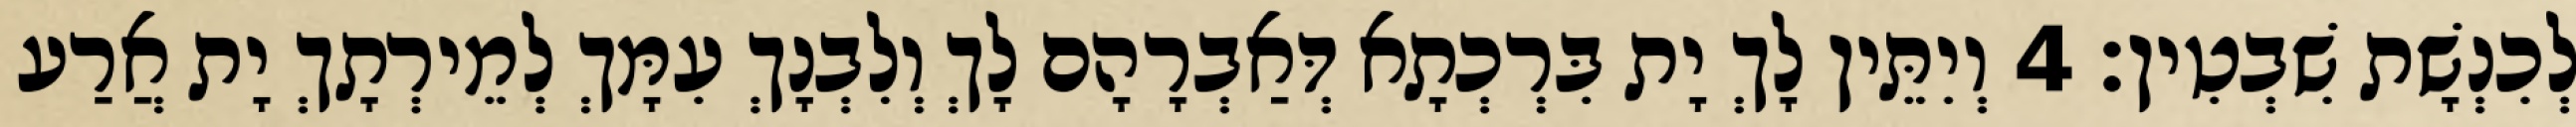
לְכִנְשָׁת שִׁבְטִין׃ 4 וְיִתֵּין לָךְ יָת בִּרְכְתָא דְּאַבְרָהָם לָךְ וְלִבְנָךְ עִמָּךְ לְמֵירְתָךְ יָת אֲרַע